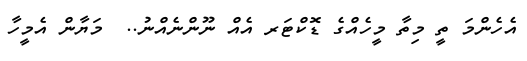
އެހެންމަ ތީ މިތާ މީހެއްގެ ޑޮކްޓަރ އެއް ނޫންނެއްނު..  މަޔާން އެމީހާ